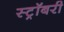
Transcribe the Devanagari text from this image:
स्ट्रॉबरी